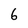
Character: 6